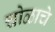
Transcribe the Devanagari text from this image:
चोळाचे